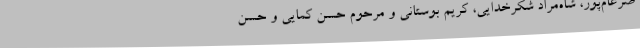
ضرغام‌پور، شاه‌مراد شکرخدایی، کریم بوستانی و مرحوم حسن کمایی و حسن